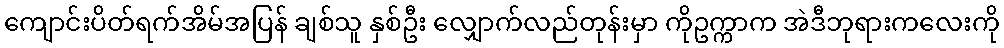
ကျောင်းပိတ်ရက်အိမ်အပြန် ချစ်သူ နှစ်ဦး လျှောက်လည်တုန်းမှာ ကိုဥက္ကာက အဲဒီဘုရားကလေးကို